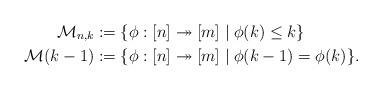
LaTeX: \begin{align*}\mathcal{M}_{n,k}&:=\{\phi:[n]\twoheadrightarrow [m]\mid \phi(k)\leq k\}\\\mathcal{M}(k-1)&:=\{\phi:[n]\twoheadrightarrow [m]\mid \phi(k-1)=\phi(k)\}.\end{align*}